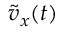
\tilde { v } _ { x } ( t )